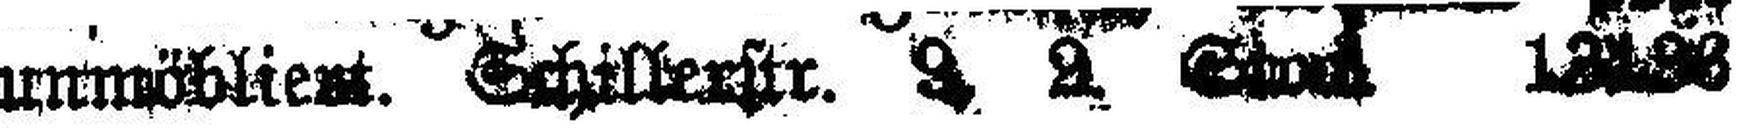
unmöbliert. Schillerstr. 9. 2. Stock. 13198